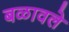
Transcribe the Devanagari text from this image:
बळावले